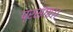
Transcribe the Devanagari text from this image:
प्रसंगा।।